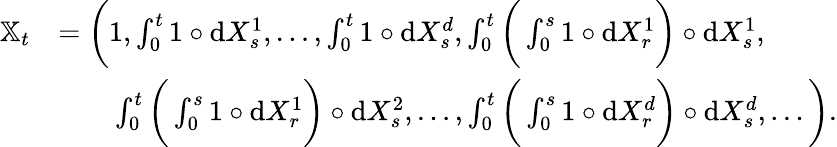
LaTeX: \begin{array}{rl}{{\mathbb X}_{t}}&{=\bigg(1,\int_{0}^{t}1\circ{\mathrm{d}}X_{s}^{1},\ldots,\int_{0}^{t}1\circ{\mathrm{d}}X_{s}^{d},\int_{0}^{t}\bigg(\int_{0}^{s}1\circ{\mathrm{d}}X_{r}^{1}\bigg)\circ{\mathrm{d}}X_{s}^{1},}\\ &{\qquad\int_{0}^{t}\bigg(\int_{0}^{s}1\circ{\mathrm{d}}X_{r}^{1}\bigg)\circ{\mathrm{d}}X_{s}^{2},\ldots,\int_{0}^{t}\bigg(\int_{0}^{s}1\circ{\mathrm{d}}X_{r}^{d}\bigg)\circ{\mathrm{d}}X_{s}^{d},\ldots\bigg).}\end{array}